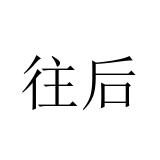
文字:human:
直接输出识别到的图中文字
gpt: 往后